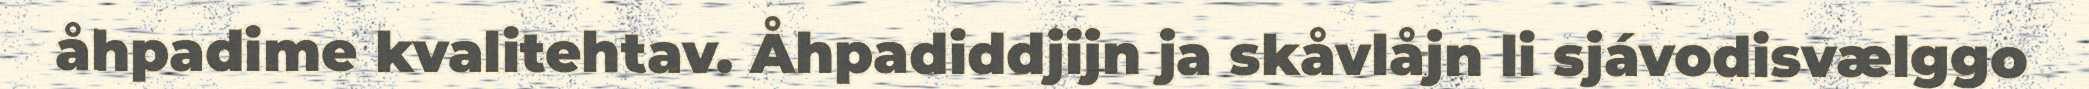
åhpadime kvalitehtav. Åhpadiddjijn ja skåvlåjn li sjávodisvælggo